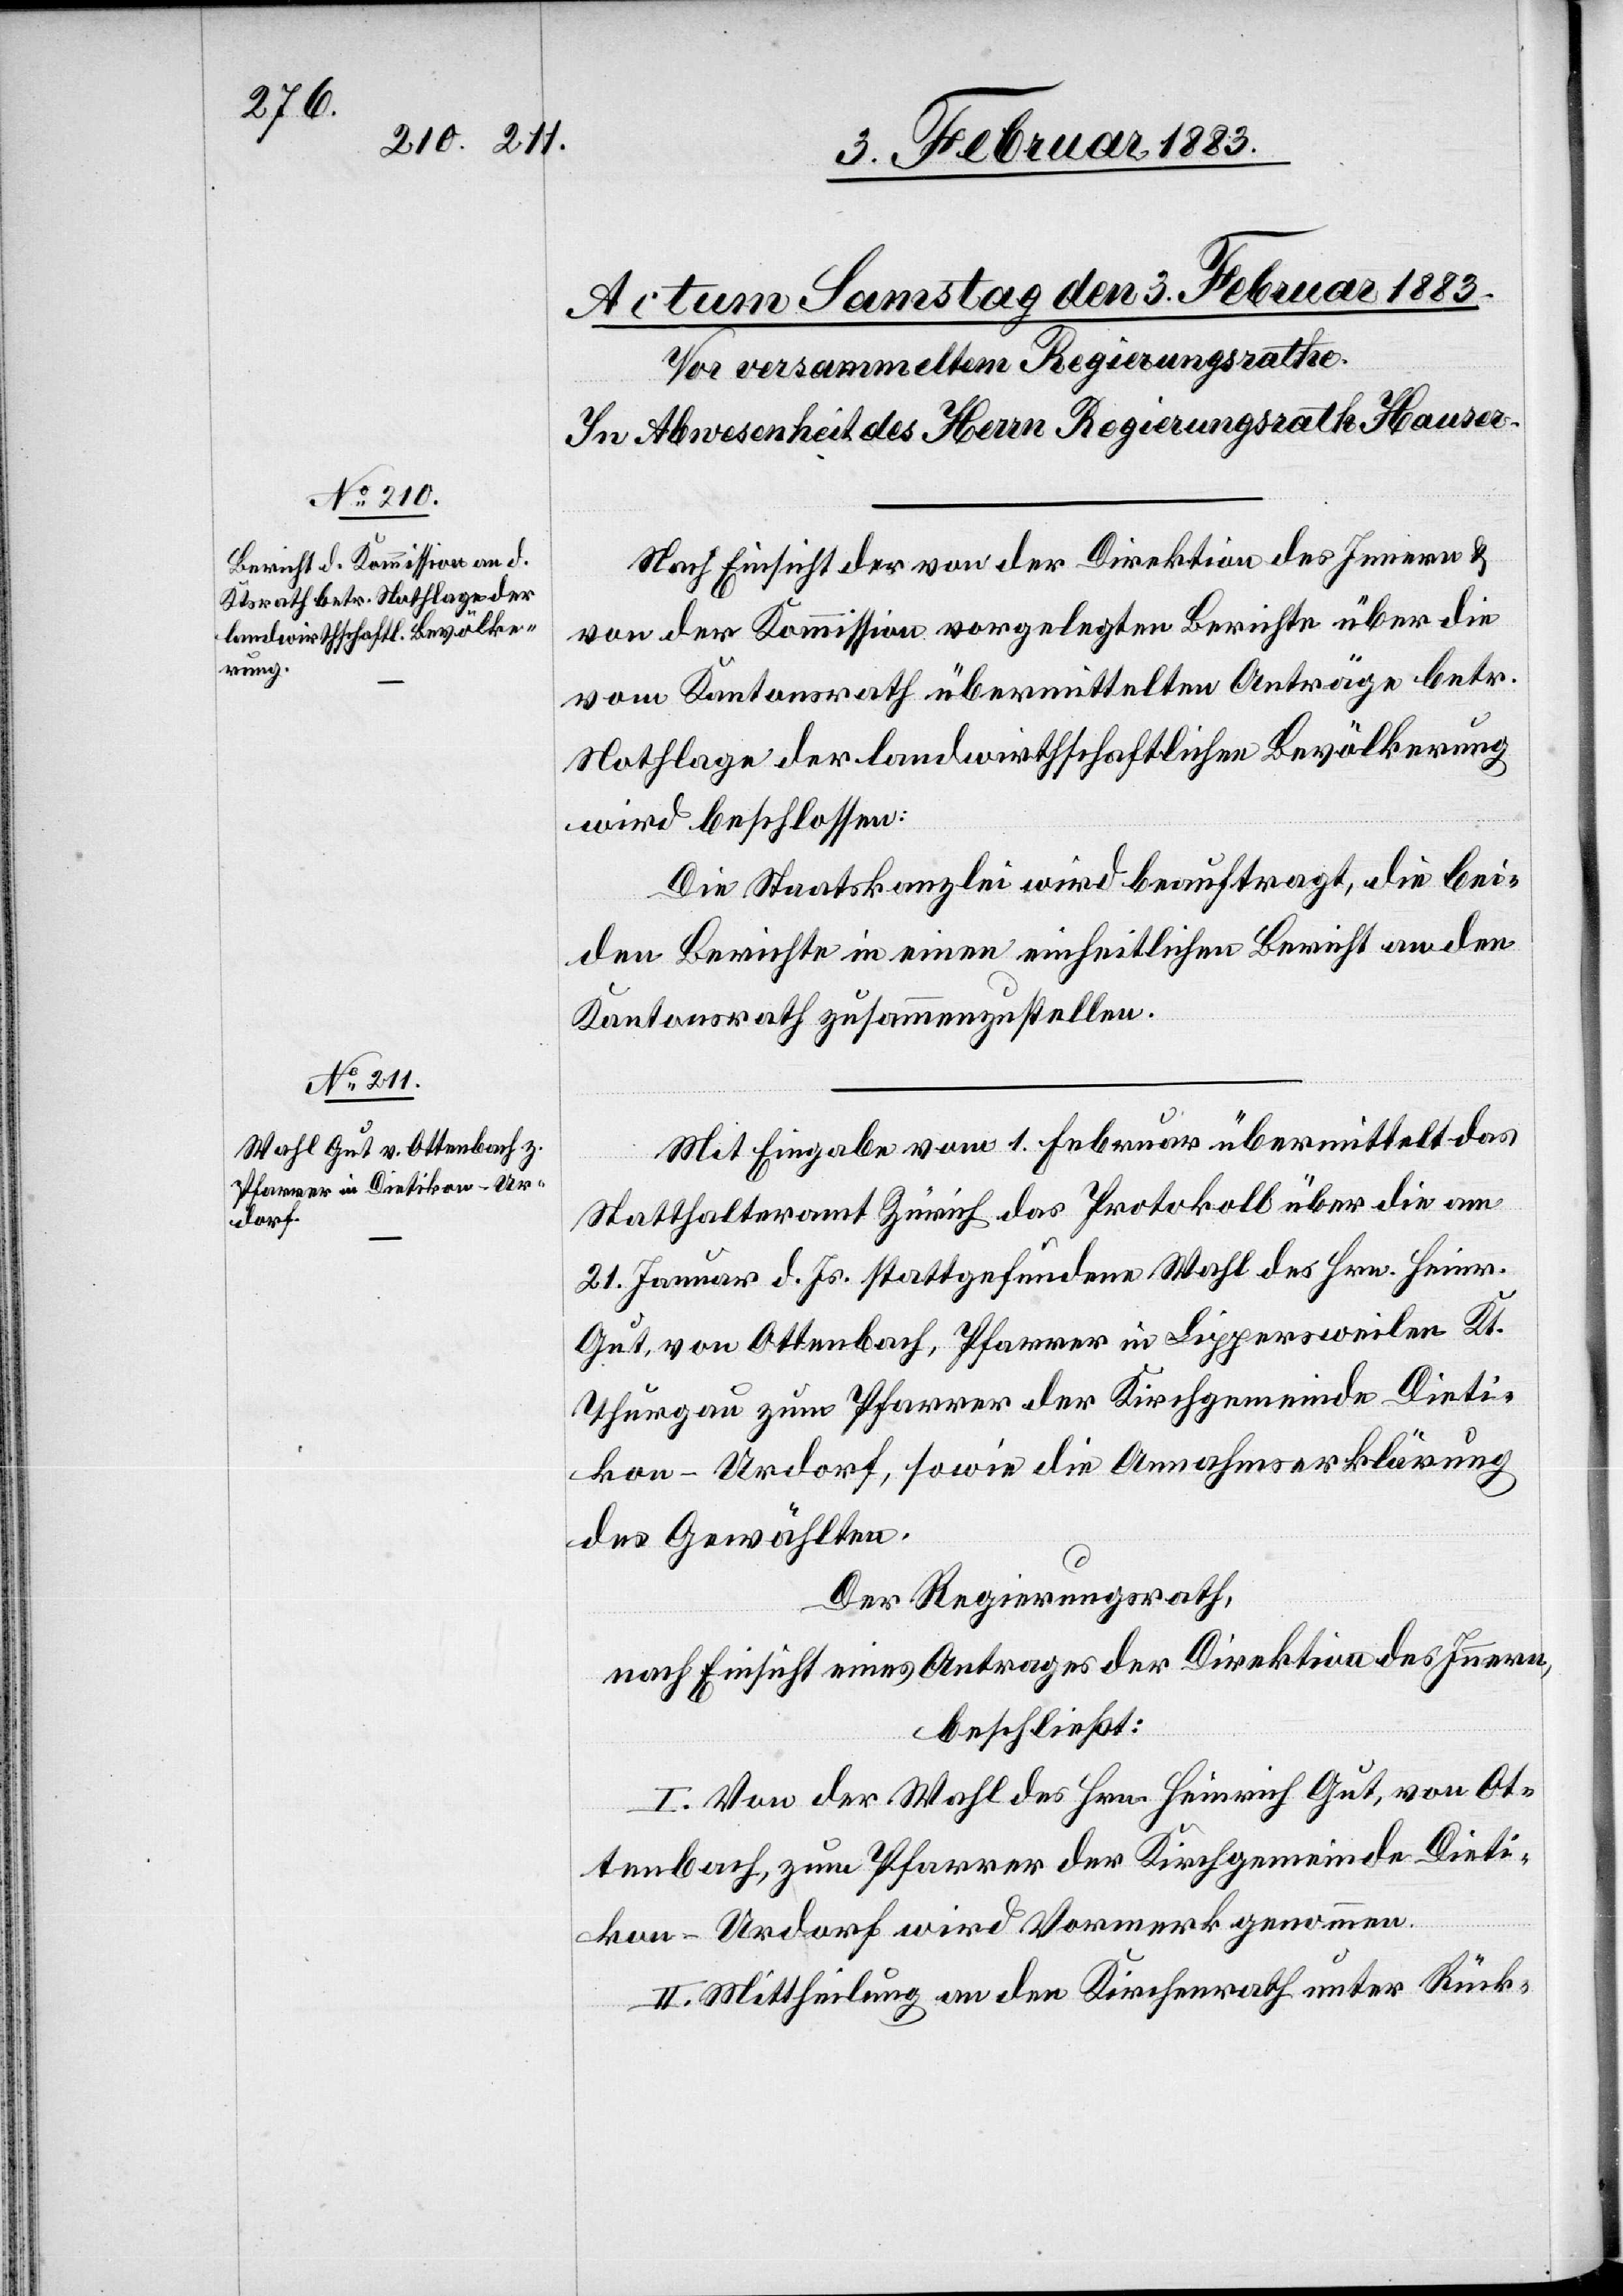
Nach Einsicht der von der Direktion des Innern &
von der Kommission vorgelegten Berichte über die
vom Kantonsrath übermittelten Anträge betr.
Nothlage der landwirthschaftlichen Bevölkerung
wird beschlossen:
Die Staatskanzlei wird beauftragt, die bei¬
den Berichte in einen einheitlichen Bericht an den
Kantonsrath zusammenzustellen.
Mit Eingabe vom 1. Februar übermittelt das
Statthalteramt Zürich das Protokoll über die am
21. Januar d. Js. stattgefundene Wahl des Hrn. Heinr.
Gut, von Ottenbach, Pfarrer in Lippersweilen Kt.
Thurgau zum Pfarrer der Kirchgemeinde Dieti¬
kon-Urdorf, sowie die Annahmserklärung
des Gewählten.
Der Regierungsrath,
nach Einsicht eines Antrages der Direktion des Innern,
beschließt:
I. Von der Wahl des Hrn. Heinrich Gut, von Ot¬
tenbach, zum Pfarrer der Kirchgemeinde Dieti¬
kon-Urdorf wird Vormerk genommen.
II. Mittheilung an den Kirchenrath unter Rück-